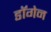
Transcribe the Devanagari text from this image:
डॉगेन